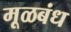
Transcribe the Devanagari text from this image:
मूळबंध